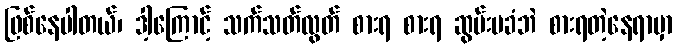
ဖြစ်နေပါတယ်၊ ဒါ့ကြောင့် သက်သတ်လွတ် စားရ စားရ ဆွမ်းမခံဘဲ စားရတဲ့နေရာမှာ